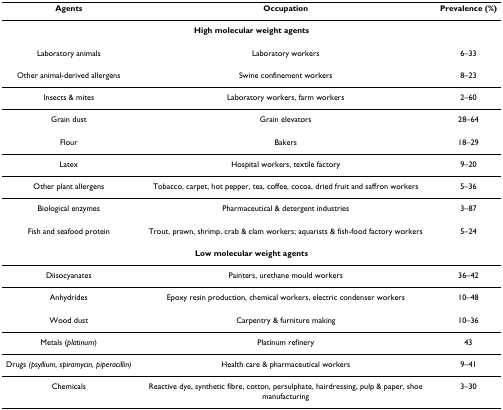
<table><thead><tr><td><b>Agents</b></td><td><b>Occupation</b></td><td><b>Prevalence (%)</b></td></tr></thead><tbody><tr><td colspan="3"><b>High molecular weight agents</b></td></tr><tr><td>Laboratory animals</td><td>Laboratory workers</td><td>6–33</td></tr><tr><td>Other animal-derived allergens</td><td>Swine confinement workers</td><td>8–23</td></tr><tr><td>Insects &amp; mites</td><td>Laboratory workers, farm workers</td><td>2–60</td></tr><tr><td>Grain dust</td><td>Grain elevators</td><td>28–64</td></tr><tr><td>Flour</td><td>Bakers</td><td>18–29</td></tr><tr><td>Latex</td><td>Hospital workers, textile factory</td><td>9–20</td></tr><tr><td>Other plant allergens</td><td>Tobacco, carpet, hot pepper, tea, coffee, cocoa, dried fruit and saffron workers</td><td>5–36</td></tr><tr><td>Biological enzymes</td><td>Pharmaceutical &amp; detergent industries</td><td>3–87</td></tr><tr><td>Fish and seafood protein</td><td>Trout, prawn, shrimp, crab &amp; clam workers; aquarists &amp; fish-food factory workers</td><td>5–24</td></tr><tr><td colspan="3"><b>Low molecular weight agents</b></td></tr><tr><td>Diisocyanates</td><td>Painters, urethane mould workers</td><td>36–42</td></tr><tr><td>Anhydrides</td><td>Epoxy resin production, chemical workers, electric condenser workers</td><td>10–48</td></tr><tr><td>Wood dust</td><td>Carpentry &amp; furniture making</td><td>10–36</td></tr><tr><td>Metals (<i>platinum</i>)</td><td>Platinum refinery</td><td>43</td></tr><tr><td>Drugs <i>(psyllium, spiramycin, piperacillin)</i></td><td>Health care &amp; pharmaceutical workers</td><td>9–41</td></tr><tr><td>Chemicals</td><td>Reactive dye, synthetic fibre, cotton, persulphate, hairdressing, pulp &amp; paper, shoe manufacturing</td><td>3–30</td></tr></tbody></table>